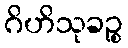
ဂိဟိသုခဉ္စ